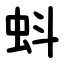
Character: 蚪